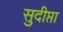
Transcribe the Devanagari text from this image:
सुदीप्ता